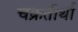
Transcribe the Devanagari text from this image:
चक्रतीर्था